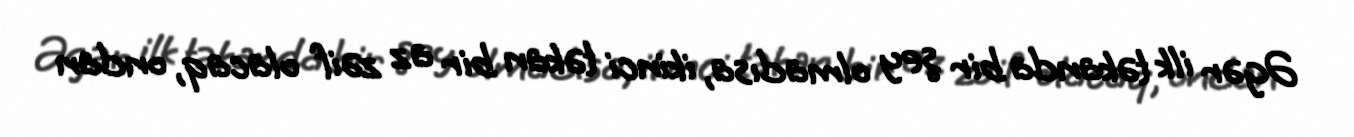
Əgər ilk təkanda bir şey olmadısa, ikinci təkan bir az zəif olacaq, ondan